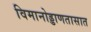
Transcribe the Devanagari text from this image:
विमानोड्डाणतासात